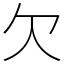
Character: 欠